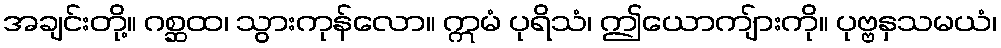
အချင်းတို့။ ဂစ္ဆထ၊ သွားကုန်လော။ ဣမံ ပုရိသံ၊ ဤယောကျ်ားကို။ ပုဗ္ဗနှသမယံ၊